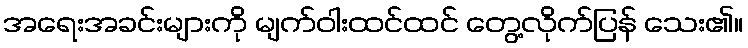
အရေးအခင်းများကို မျက်ဝါးထင်ထင် တွေ့လိုက်ပြန် သေး၏။